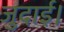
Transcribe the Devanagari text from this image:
जुदाई।